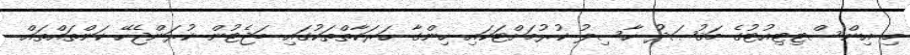
މި އިންސްޓިޓިއުޓުގެ މަޤުޞަދު ހާސިލު ކުރުމަށްޓަކައި ހިންގާ ޙަރަކާތްތަކުގައި ބަޖެޓުން ކުރަންޖެހޭ ކަންތައްތައް